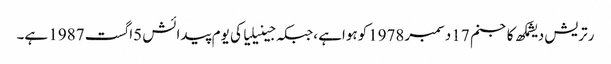
رتریش دیشمکھ کاجنم 17 دسمبر1978کوہواہے ،جبکہ جینیلیا کی یوم پیدائش 5اگست 1987 ہے۔